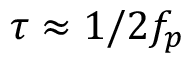
\tau \approx 1 / 2 f _ { p }